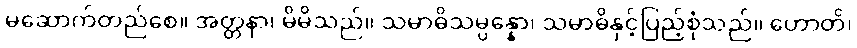
မဆောက်တည်စေ။ အတ္တနာ၊ မိမိသည်။ သမာဓိသမ္ပန္နော၊ သမာဓိနှင့်ပြည့်စုံသည်။ ဟောတိ၊